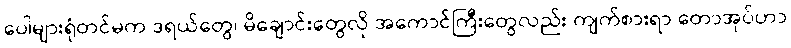
ပေါများရုံတင်မက ဒရယ်တွေ၊ မိချောင်းတွေလို အကောင်ကြီးတွေလည်း ကျက်စားရာ တောအုပ်ဟာ